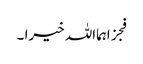
فجزاہمااللہ خیرا ۔